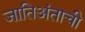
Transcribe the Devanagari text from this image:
जातिअंताची